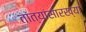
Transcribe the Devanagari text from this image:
तांत्यांसारख्या